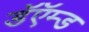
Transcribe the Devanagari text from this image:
डॅऍम्ड